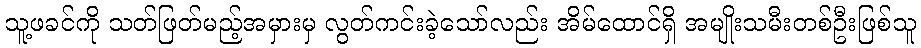
သူ့ဖခင်ကို သတ်ဖြတ်မည့်အမှားမှ လွတ်ကင်းခဲ့သော်လည်း အိမ်ထောင်ရှိ အမျိုးသမီးတစ်ဦးဖြစ်သူ